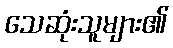
သေဆုံးသူများ၏